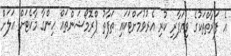
އެ ފަރާތްތަކުގެ ވިޔަފާރި ކުރި އެރުވުމަށްޓަކައި ތަފާތު ޕްރޮމޯޝަންތައް ހިންގާ މާކެޓަށް އަލަށް